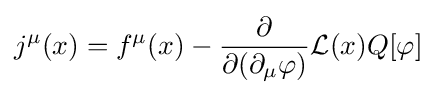
j^{\mu }(x)=f^{\mu }(x)-{\frac {\partial }{\partial (\partial _{\mu }\varphi )}}{\mathcal {L}}(x)Q[\varphi ]